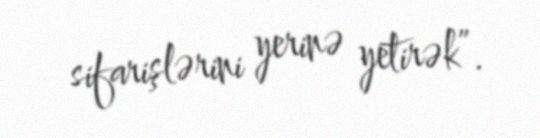
sifarişlərini yerinə yetirək”.